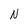
Character: N